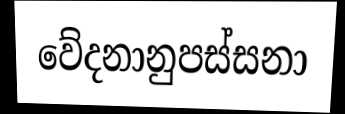
වේදනානුපස්සනා